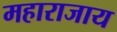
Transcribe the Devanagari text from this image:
महाराजाय